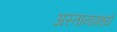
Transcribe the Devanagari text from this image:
अस्तानामध्ये